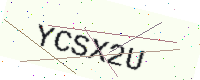
Text: YCSX2U